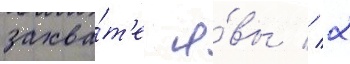
захва́т'е я́вы // 2